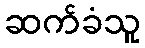
ဆက်ခံသူ